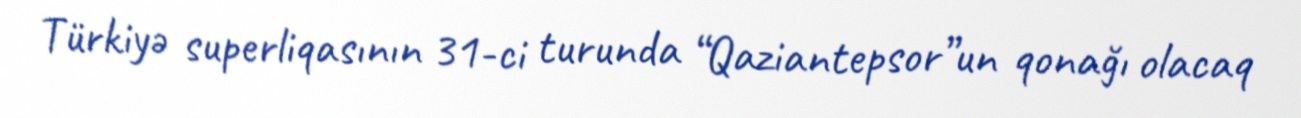
Türkiyə superliqasının 31-ci turunda “Qaziantepsor”un qonağı olacaq